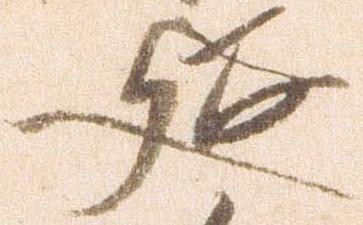
延